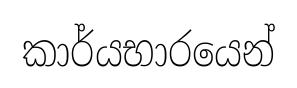
කාර්යභාරයෙන්